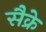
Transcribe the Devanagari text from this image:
सैक्रे